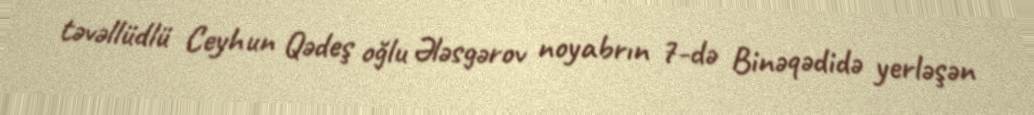
təvəllüdlü Ceyhun Qədeş oğlu Ələsgərov noyabrın 7-də Binəqədidə yerləşən